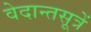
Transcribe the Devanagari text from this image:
वेदान्तसूत्रें